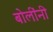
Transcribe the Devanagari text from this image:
बोलींनी